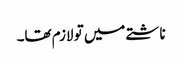
ناشتے میں تو لازم تھا۔